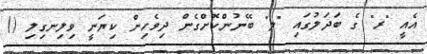
އެއީ "ރ" ގެ ބަދަލުގައި "ލ" ބޭނުންކޮށްގެން ދިވެހިން ކިޔަނީ ވިލިނގިލި ()